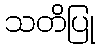
သတိပြု